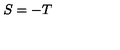
S = - T